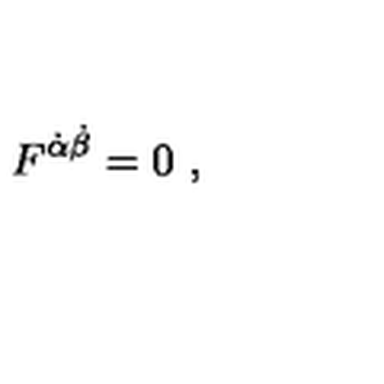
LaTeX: F ^ { \dot { \alpha } \dot { \beta } } = 0 \ ,